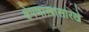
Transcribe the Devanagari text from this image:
क्षेपणास्त्रासारखे